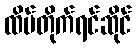
ထိပ်တိုက်ရင်ဆိုင်